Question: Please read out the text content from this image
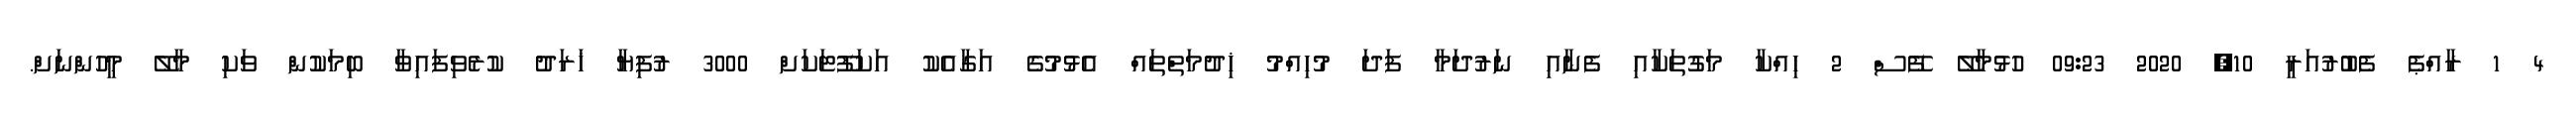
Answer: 4 1 ރާއްޕެ ފެބުރުއަރީ 10, 2020 09:23 ހުޅުމާލޭ ފޭސް 2 ހިއްކާ މަގުތަކާއި ފެނާއި ނަރުދަމާ ފަދަ މުހިއްމު ޚިދުމަތްތައް އެޅުމުގެ އަގާއެކު އަކަފޫޓަކަށް 3000 ރުފިޔާ ޚަރަދު ކުރެވިފައިވާ ބިމަކުން ވަކި މާލޭ މީހުންނަށް.